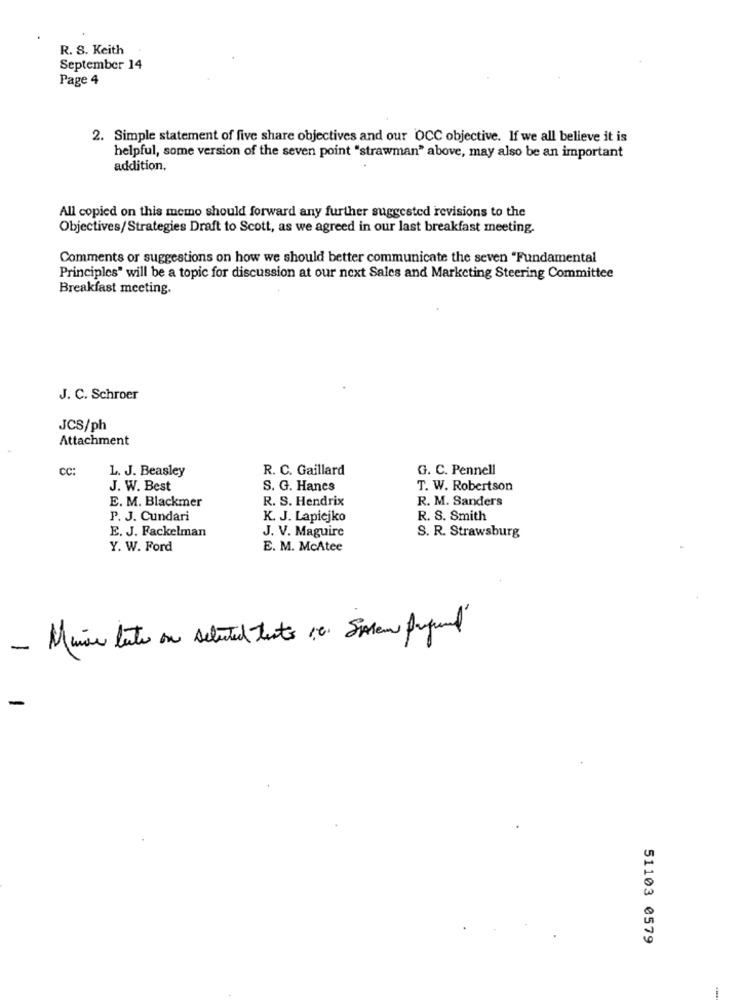
R. S. Keith
September 14
Page 4
2. Simple statement of five share objectives and our OCC objective. If we all believe it is
helpful, some version of the seven point "strawman" above, may also be an important
addition,
All copied on this memo should forward any further suggested revisions to the
Objectives/Strategies Draft to Scott, as we agreed in our last breakfast meeting.
Comments or suggestions on how we should better communicate the seven "Fundamental
Principles" will be a topic for discussion at our next Sales and Marketing Steering Committee
Breakfast meeting.
J. C. Schroer
JCS/ph
Attachment
cc:
L. J. Beasley
R. C. Gaillard
G. C. Pennell
J. W. Best
S. G. Hanes
T. W. Robertson
E. M. Blackmer
R. S. Hendrix
R. M. Sanders
P. J. Cundari
K. J. Lapiejko
R. S. Smith
E. J. Fackelman
J. V. Maguire
S. R. Strawsburg
Y. W. Ford
E. M. McAtee
51103 0579